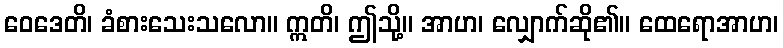
ဝေဒေတိ၊ ခံစားသေးသလော။ ဣတိ၊ ဤသို့။ အာဟ၊ လျှောက်ဆို၏။ ထေရောအာဟ၊